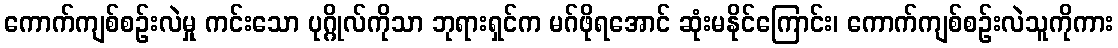
ကောက်ကျစ်စဉ်းလဲမှု ကင်းသော ပုဂ္ဂိုလ်ကိုသာ ဘုရားရှင်က မဂ်ဖိုရအောင် ဆုံးမနိုင်ကြောင်း၊ ကောက်ကျစ်စဉ်းလဲသူကိုကား